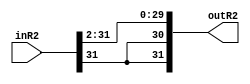
module TwoBitRightBarrelShifter(inR2, outR2);
	input [31:0] inR2;
	output [31:0] outR2;

	assign outR2[31] = inR2[31];
	assign outR2[30] = inR2[31];
	assign outR2[29] = inR2[31];
	assign outR2[28] = inR2[30];
	assign outR2[27] = inR2[29];
	assign outR2[26] = inR2[28];
	assign outR2[25] = inR2[27];
	assign outR2[24] = inR2[26];
	assign outR2[23] = inR2[25];
	assign outR2[22] = inR2[24];
	assign outR2[21] = inR2[23];
	assign outR2[20] = inR2[22];
	assign outR2[19] = inR2[21];
	assign outR2[18] = inR2[20];
	assign outR2[17] = inR2[19];
	assign outR2[16] = inR2[18];
	assign outR2[15] = inR2[17];
	assign outR2[14] = inR2[16];
	assign outR2[13] = inR2[15];
	assign outR2[12] = inR2[14];
	assign outR2[11] = inR2[13];
	assign outR2[10] = inR2[12];
	assign outR2[9] = inR2[11];
	assign outR2[8] = inR2[10];
	assign outR2[7] = inR2[9];
	assign outR2[6] = inR2[8];
	assign outR2[5] = inR2[7];
	assign outR2[4] = inR2[6];
	assign outR2[3] = inR2[5];
	assign outR2[2] = inR2[4];
	assign outR2[1] = inR2[3];
	assign outR2[0] = inR2[2];
endmodule